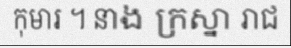
កុមារ ។ នាង ក្រស្នា រាជ